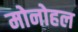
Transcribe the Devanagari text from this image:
मोनोहल